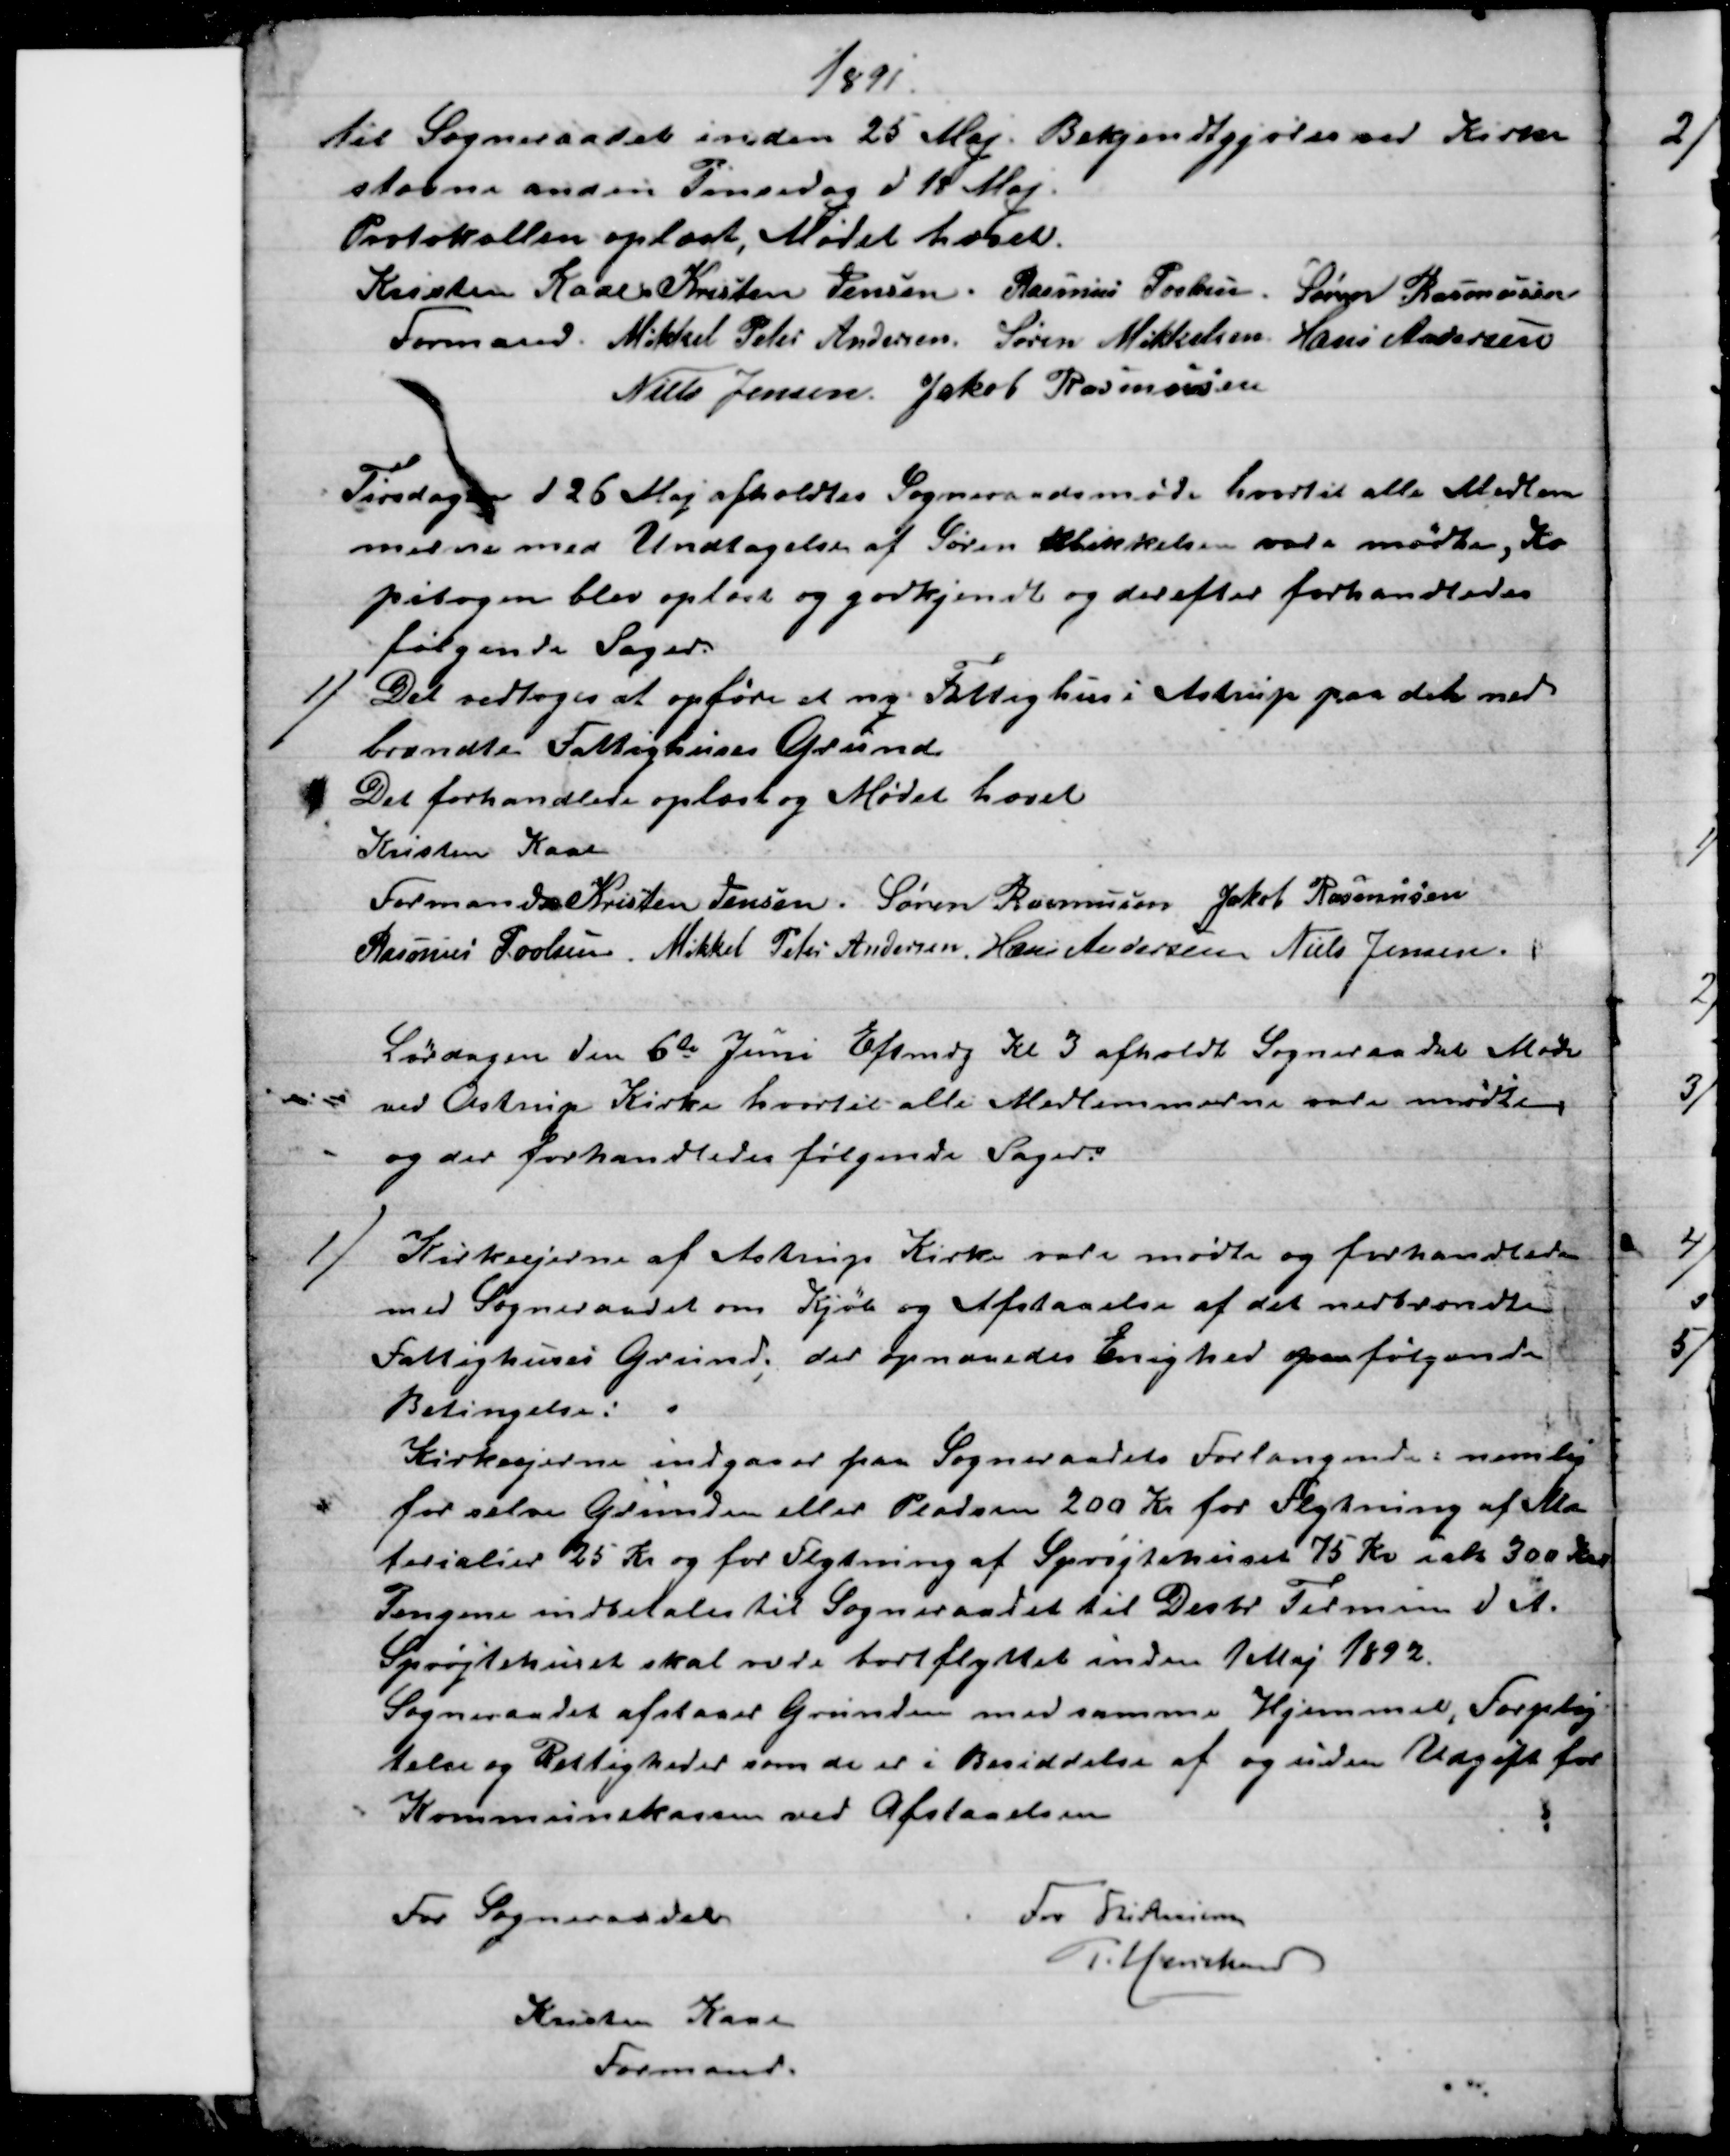
Transskription:
1891.
til Sogneraadet inden 25 Maj. Bekjendtgjøres ved Kirke
stævne anden Pinsedag d 18 Maj.
Protokollen oplæst. Mødet hævet.
Kristen Kaae. 
Formand. 
Kristen Jensen. Rasmus Povlsen
Søren Rasmussen
Mikkel Peter Andersen. Søren Mikkelsen. Hans Andersen
Niels Jensen. Jakob Rasmussen
Tirsdagen d 26 Maj afholdtes Sogneraadsmøde hvortil alle Medlem
merne med Undtagelse af Søren Mikkelsen vare mødte, Ko
pibogen blev oplæst og godkjendt og derefter forhandledes
følgende Sager.
1)
Det vedtoges at opføre et ny Fattighus i Astrup paa det ned
brændte Fattighuses Grund
Det forhandlede oplæst og Mødet hævet
Kristen Kaae
Formand. 
Kristen Jensen. Søren Rasmussen Jakob Rasmussen
Rasmus Povlsen. Mikkel Peter Andersen. Hans Andersen Niels Jensen.
Lørdagen den 6te Juni Eftmdg Kl 3 afholdt Sogneraadet Møde
ved Astrup Kirke hvortil alle Medlemmerne vare mødte
og der forhandledes følgende Sager:
1) 
 Kirkeejerne af Astrup Kirke vare mødte og forhandlede
med Sogneraadet om Kjøb og Afstaaelse af det nedbrændte
Fattighuses Grund; der opnaaedes Enighed paa følgende
Betingelse: 
Kirkeejerne indgaaer paa Sogneraadets Forlangende: nemlig
for selve Grunden eller Pladsen 200 Kr for Flytning af Ma
terialier 25 Kr og for Flytning af Sprøjtehuset 75 Kr ialt 300 Kr
Pengene indbetales til Sogneraadet til Desbr Termin d. A.
Sprøjtehuset skal være bortflyttet inden 1 Maj 1892.
Sogneraadet afstaaer Grunden med samme Hjemmel, Forplig
telse og Rettigheder som de er i Besiddelse af og uden Udgift for
Kommunekassen ved Afstaaelsen
For Sogneraadet
Kristen Kaae
Formand.
For Kirkeeierne
P. Henriksen